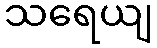
သရေယျ